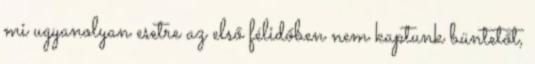
mi ugyanolyan esetre az első félidőben nem kaptunk büntetőt,